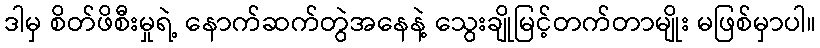
ဒါမှ စိတ်ဖိစီးမှုရဲ့ နောက်ဆက်တွဲအနေနဲ့ သွေးချိုမြင့်တက်တာမျိုး မဖြစ်မှာပါ။